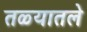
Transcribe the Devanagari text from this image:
तळ्यातले